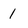
Character: 1